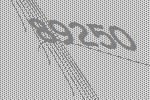
89250